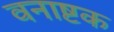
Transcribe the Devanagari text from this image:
वनाष्टक